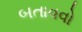
બતાવવો